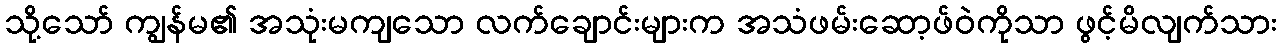
သို့သော် ကျွန်မ၏ အသုံးမကျသော လက်ချောင်းများက အသံဖမ်းဆော့ဖ်ဝဲကိုသာ ဖွင့်မိလျက်သား